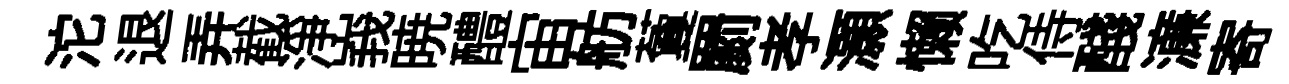
沱退弄截淨峩暁醴宙舫藑罽孝灝懒吃侍醆濓寄